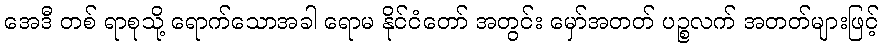
အေဒီ တစ် ရာစုသို့ ရောက်သောအခါ ရောမ နိုင်ငံတော် အတွင်း မှော်အတတ် ပဉ္စလက် အတတ်များဖြင့်